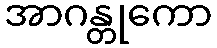
အာဂန္တုကော